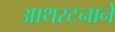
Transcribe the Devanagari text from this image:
आथरटनाने